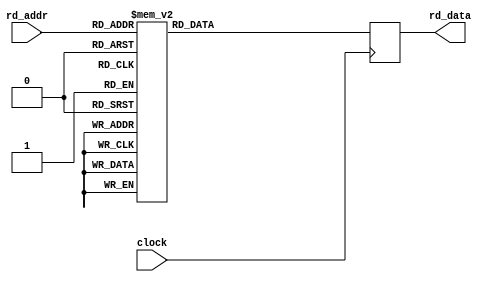
//
// Copyright 2011 Ettus Research LLC
//
// This program is free software: you can redistribute it and/or modify
// it under the terms of the GNU General Public License as published by
// the Free Software Foundation, either version 3 of the License, or
// (at your option) any later version.
//
// This program is distributed in the hope that it will be useful,
// but WITHOUT ANY WARRANTY; without even the implied warranty of
// MERCHANTABILITY or FITNESS FOR A PARTICULAR PURPOSE.  See the
// GNU General Public License for more details.
//
// You should have received a copy of the GNU General Public License
// along with this program.  If not, see <http://www.gnu.org/licenses/>.
//



module coeff_ram (input clock, input [3:0] rd_addr, output reg [15:0] rd_data);

   always @(posedge clock)
     case (rd_addr)
       4'd0 : rd_data <= #1 -16'd16;
       4'd1 : rd_data <= #1 16'd74;
       4'd2 : rd_data <= #1 -16'd254;
       4'd3 : rd_data <= #1 16'd669;
       4'd4 : rd_data <= #1 -16'd1468;
       4'd5 : rd_data <= #1 16'd2950;
       4'd6 : rd_data <= #1 -16'd6158;
       4'd7 : rd_data <= #1 16'd20585;
       4'd8 : rd_data <= #1 16'd20585;
       4'd9 : rd_data <= #1 -16'd6158;
       4'd10 : rd_data <= #1 16'd2950;
       4'd11 : rd_data <= #1 -16'd1468;
       4'd12 : rd_data <= #1 16'd669;
       4'd13 : rd_data <= #1 -16'd254;
       4'd14 : rd_data <= #1 16'd74;
       4'd15 : rd_data <= #1 -16'd16;
       default : rd_data <= #1 16'd0;
     endcase // case(rd_addr)
   
endmodule // ram